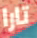
تارا